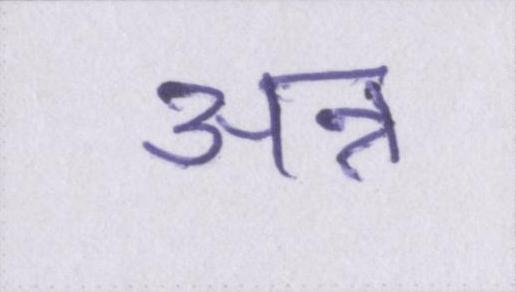
अन्न